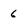
Character: 6